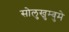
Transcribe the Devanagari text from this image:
सोलुखुम्बुमे